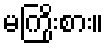
မကြိုးစား။